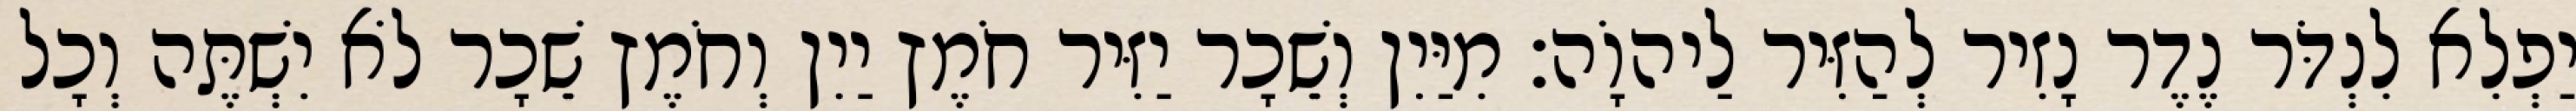
יַפְלִא לִנְדֹּר נֶדֶר נָזִיר לְהַזִּיר לַיהוָֹה׃ מִיַּיִן וְשֵׁכָר יַזִּיר חֹמֶץ יַיִן וְחֹמֶץ שֵׁכָר לֹא יִשְׁתֶּה וְכָל